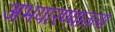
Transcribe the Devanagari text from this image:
अभयारण्यातला